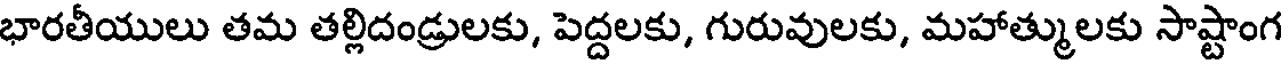
భారతీయులు తమ తల్లిదండ్రులకు, పెద్దలకు, గురువులకు, మహాత్ములకు సాష్టాంగ